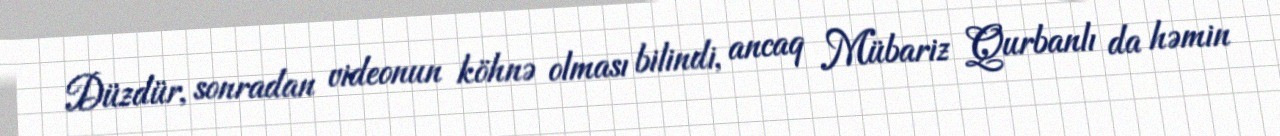
Düzdür, sonradan videonun köhnə olması bilindi, ancaq Mübariz Qurbanlı da həmin